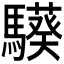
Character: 𩦟